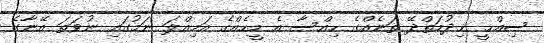
ޞިއްޙީ ޚިދުމަތްދޭ ތަނެއްގެ ހިއްސާ އެ މީހެއްގެ އަމިއްލަ ނަމުގައި ނުވަތަ އޭނާގެ